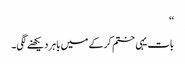
‘‘
بات یہی ختم کرکے میں باہر دیکھنے لگی۔